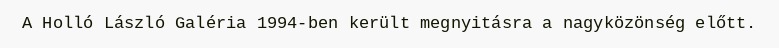
A Holló László Galéria 1994-ben került megnyitásra a nagyközönség előtt.